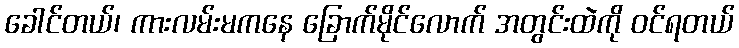
ခေါင်တယ်၊ ကားလမ်းမကနေ ခြောက်မိုင်လောက် အတွင်းထဲကို ဝင်ရတယ်